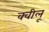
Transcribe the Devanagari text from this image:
क्वीलू